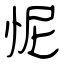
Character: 怩